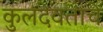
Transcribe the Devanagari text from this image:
कुलदेवतांचे